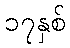
၁၇နှစ်